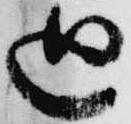
廻